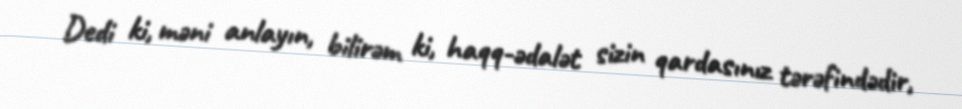
Dedi ki, məni anlayın, bilirəm ki, haqq-ədalət sizin qardasınız tərəfindədir,